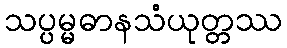
သပ္ပမ္မဓာနသံယုတ္တဿ